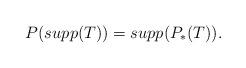
LaTeX: \begin{align*}P (supp(T))=supp ( P_\ast (T)).\end{align*}